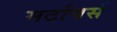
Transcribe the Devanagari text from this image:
मर्टायर्स